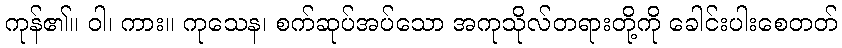
ကုန်၏။ ဝါ၊ ကား။ ကုသေန၊ စက်ဆုပ်အပ်သော အကုသိုလ်တရားတို့ကို ခေါင်းပါးစေတတ်